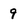
Character: g